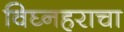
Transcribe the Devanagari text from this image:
विघ्नहराचा